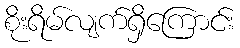
စိုးရိမ်လျက်ရှိကြောင်း